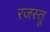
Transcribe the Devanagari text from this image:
रजस्तू